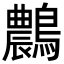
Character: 𪆯